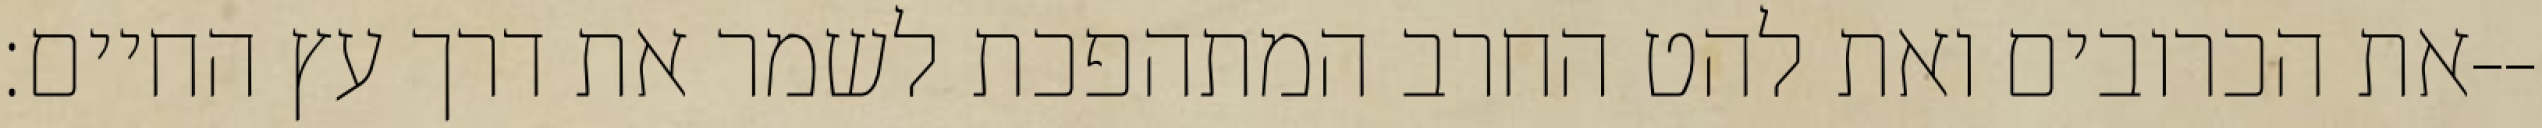
את הכרובים ואת להט החרב המתהפכת לשמר את דרך עץ החיים׃--